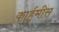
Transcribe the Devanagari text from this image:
कार्हुमीस